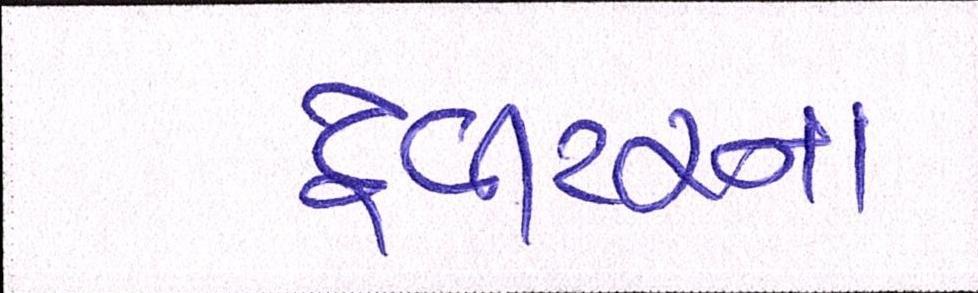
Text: ટ્વીટરના